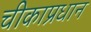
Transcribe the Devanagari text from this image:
चीकाप्रधान